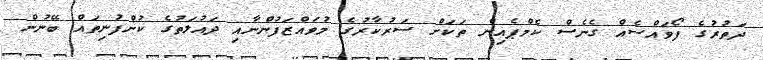
ދަތުރުގެ ފޯވައްސެއް ގެނެސް ކެމްޕެއިން ތަކަށް ސަރުކާރުގެ މުވައްޒަފުންނާއި ދައުލަތުގެ ކުންފުނިތައް ބޭނުން